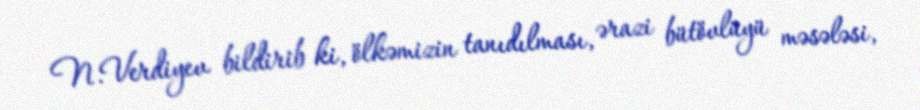
N.Verdiyev bildirib ki, ölkəmizin tanıdılması, ərazi bütövlüyü məsələsi,